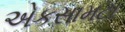
એકસામટા